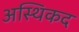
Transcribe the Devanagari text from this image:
अस्थिकद